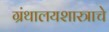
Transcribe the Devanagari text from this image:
ग्रंथालयशास्त्राचे